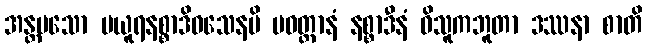
အန္တမသော မယူရနစ္စာဒိဝသေနပိ ပဝတ္တာနံ နစ္စာဒီနံ ဝိသူကဘူတာ ဒဿနာ စာတိ